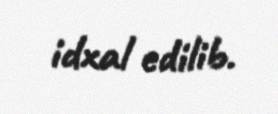
idxal edilib.